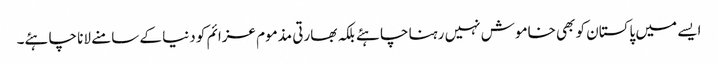
ایسے میں پاکستان کو بھی خاموش نہیں رہنا چاہئے بلکہ بھارتی مذموم عزائم کو دنیا کے سامنے لانا چاہئے۔